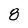
Character: 8